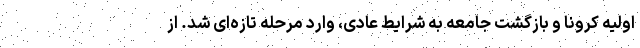
اولیه کرونا و بازگشت جامعه به شرایط عادی، وارد مرحله تازه‌ای شد. از